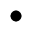
\bullet